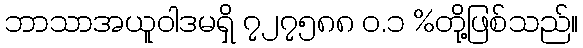
ဘာသာအယူဝါဒမရှိ ၇၂၇၅၈၈ ဝ.၁ %တို့ဖြစ်သည်။